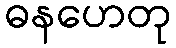
ဓနဟေတု